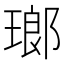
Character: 瑯